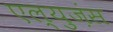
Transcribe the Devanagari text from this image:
एल्युज़ंस